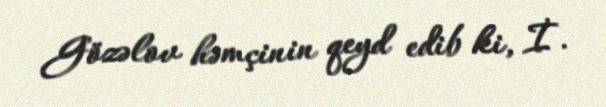
Gözəlov həmçinin qeyd edib ki, İ.